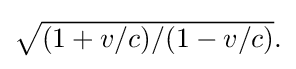
{\textstyle {\sqrt {(1+v/c)/(1-v/c)}}.}